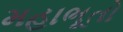
મહાભૂતો